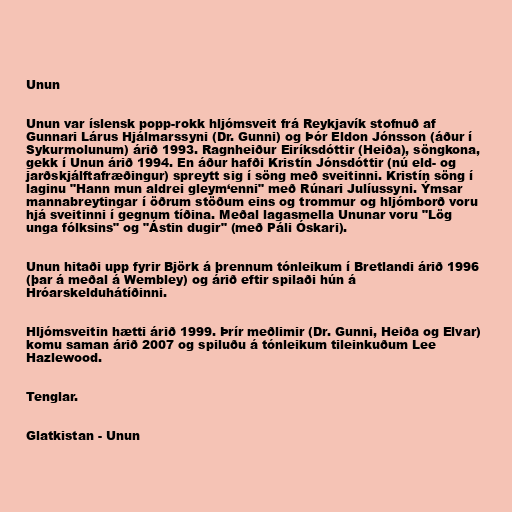
Unun

Unun var íslensk popp-rokk hljómsveit frá Reykjavík stofnuð af
Gunnari Lárus Hjálmarssyni (Dr. Gunni) og Þór Eldon Jónsson (áður í
Sykurmolunum) árið 1993. Ragnheiður Eiríksdóttir (Heiða), söngkona,
gekk í Unun árið 1994. En áður hafði Kristín Jónsdóttir (nú eld- og
jarðskjálftafræðingur) spreytt sig í söng með sveitinni. Kristín söng í
laginu "Hann mun aldrei gleym‘enni" með Rúnari Julíussyni. Ýmsar
mannabreytingar í öðrum stöðum eins og trommur og hljómborð voru
hjá sveitinni í gegnum tíðina. Meðal lagasmella Ununar voru "Lög
unga fólksins" og "Ástin dugir" (með Páli Óskari).

Unun hitaði upp fyrir Björk á þrennum tónleikum í Bretlandi árið 1996
(þar á meðal á Wembley) og árið eftir spilaði hún á
Hróarskelduhátíðinni.

Hljómsveitin hætti árið 1999. Þrír meðlimir (Dr. Gunni, Heiða og Elvar)
komu saman árið 2007 og spiluðu á tónleikum tileinkuðum Lee
Hazlewood.

Tenglar.

Glatkistan - Unun